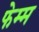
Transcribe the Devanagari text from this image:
फेम्म